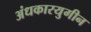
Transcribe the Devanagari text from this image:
अंधकारयुगीन